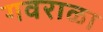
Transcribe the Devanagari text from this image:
गवराळा